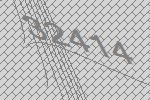
32414